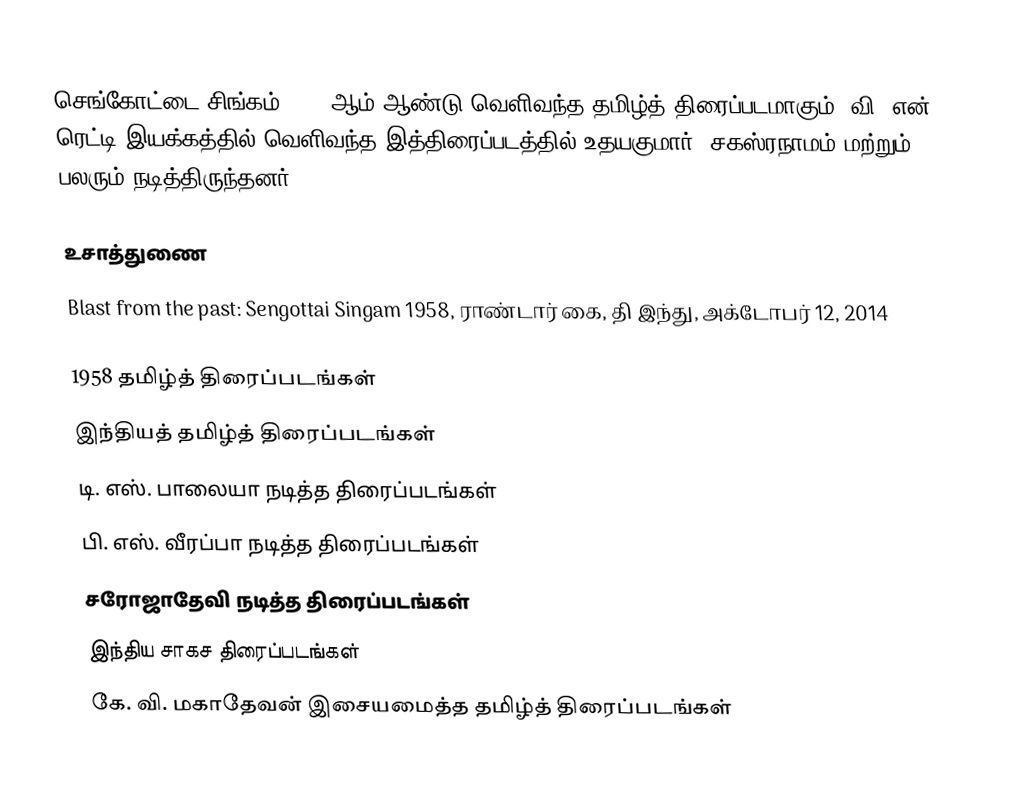
செங்கோட்டை சிங்கம் 1958 ஆம் ஆண்டு வெளிவந்த தமிழ்த் திரைப்படமாகும். வி. என். ரெட்டி இயக்கத்தில் வெளிவந்த இத்திரைப்படத்தில் உதயகுமார், சகஸ்ரநாமம் மற்றும் பலரும் நடித்திருந்தனர்.

உசாத்துணை
 Blast from the past: Sengottai Singam 1958, ராண்டார் கை, தி இந்து, அக்டோபர் 12, 2014

1958 தமிழ்த் திரைப்படங்கள்
இந்தியத் தமிழ்த் திரைப்படங்கள்
டி. எஸ். பாலையா நடித்த திரைப்படங்கள்
பி. எஸ். வீரப்பா நடித்த திரைப்படங்கள்
சரோஜாதேவி நடித்த திரைப்படங்கள்
இந்திய சாகச திரைப்படங்கள்
கே. வி. மகாதேவன் இசையமைத்த தமிழ்த் திரைப்படங்கள்